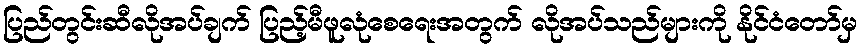
ပြည်တွင်းဆီလိုအပ်ချက် ပြည့်မီဖူလုံစေရေးအတွက် လိုအပ်သည်များကို နိုင်ငံတော်မှ